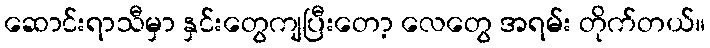
ဆောင်းရာသီမှာ နှင်းတွေကျပြီးတော့ လေတွေ အရမ်း တိုက်တယ်။